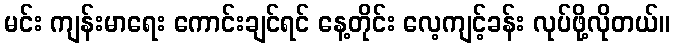
မင်း ကျန်းမာရေး ကောင်းချင်ရင် နေ့တိုင်း လေ့ကျင့်ခန်း လုပ်ဖို့လိုတယ်။